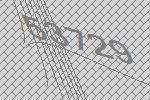
53729